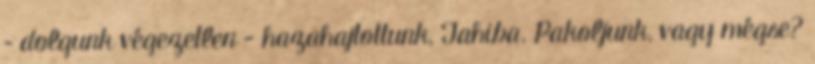
– dolgunk végezetlen - hazahajtottunk, Tahiba. Pakoljunk, vagy mégse?